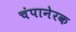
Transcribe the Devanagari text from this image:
चंपानेरक